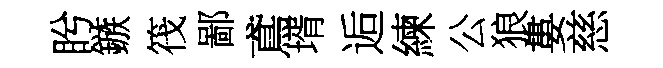
盻鏃筏鄙鳶壻逅練公狼婁慈